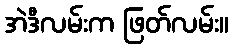
အဲဒီလမ်းက ဖြတ်လမ်း။